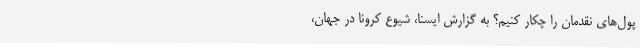
پول‌های نقدمان را چکار کنیم؟ به گزارش ایسنا، شیوع کرونا در جهان،